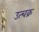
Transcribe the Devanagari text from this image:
उत्चक्र